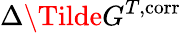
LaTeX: \Delta\Tilde{G}^{T,\mathrm{corr}}